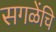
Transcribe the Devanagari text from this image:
सगळेंचि